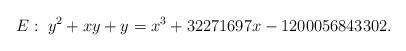
LaTeX: \begin{align*}E : \; y^2 + xy + y = x^3 + 32271697x - 1200056843302.\end{align*}